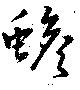
蟾